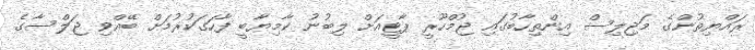
ރައްޔިތުންގެ މަޖިލިސް އިންތިހާބުގައި ޖުމްހޫރީ ޕާޓީއަށް ލިބުނު ކާމިޔާބީ ފާހަގަކުރުމަށް ބޭއްވި ޖަލްސާގެ